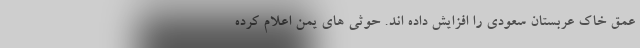
عمق خاک عربستان سعودی را افزایش داده اند. حوثی های یمن اعلام کرده